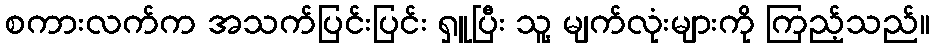
စကားလက်က အသက်ပြင်းပြင်း ရှူပြီး သူ့ မျက်လုံးများကို ကြည့်သည်။